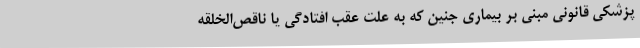
پزشکی قانونی مبنی بر بیماری جنین که به علت عقب افتادگی یا ناقص‌الخلقه